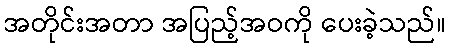
အတိုင်းအတာ အပြည့်အဝကို ပေးခဲ့သည်။